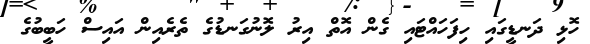
ހޮޅި ދަނޑީގައި ހިފަހައްޓައި ގެން އޮތް އިރު ލޮނުގަނޑުގެ ތެރެއިން އައިސް ހަބީބުގެ